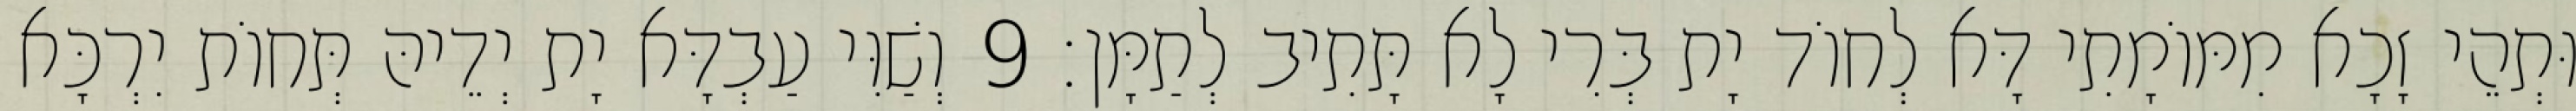
וּתְהֵי זָכָא מִמּוֹמָתִי דָּא לְחוֹד יָת בְּרִי לָא תָּתִיב לְתַמָּן׃ 9 וְשַׁוִּי עַבְדָּא יָת יְדֵיהּ תְּחוֹת יִרְכָּא